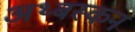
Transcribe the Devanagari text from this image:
अथ्बस्कन